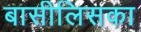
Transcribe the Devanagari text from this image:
बासीलिसका